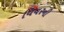
વિવરની